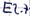
Text: E2.7